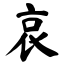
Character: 哀